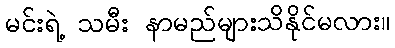
မင်းရဲ့ သမီး နာမည်များသိနိုင်မလား။